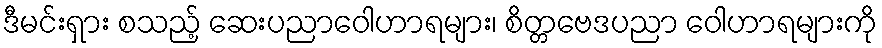
ဒီမင်းရှား စသည့် ဆေးပညာဝေါဟာရများ၊ စိတ္တဗေဒပညာ ဝေါဟာရများကို